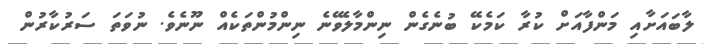
ލާބައަށާއި މަންފާއަށް ކުރާ ކަމެކޭ ބުނެގެން ނިންމާލެވޭނެ ނިންމުންތަކެއް ނޫނެވެ. ނުވަތަ ސަރުކާރުން